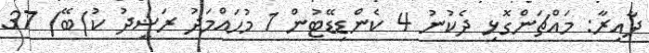
ދާއިރާ: މައްޗަންގޮޅި ދެކުނު 4 ކެންޑިޑޭޓުން 1 މުހައްމަދު ރަޝީދު ކު)ބޭ) 37